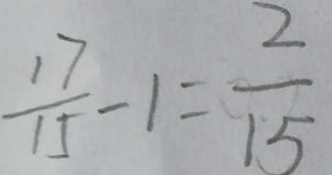
\frac { 1 7 } { 1 5 } - 1 = \frac { 2 } { 1 5 }